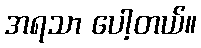
အရသာ ပေါ့တယ်။